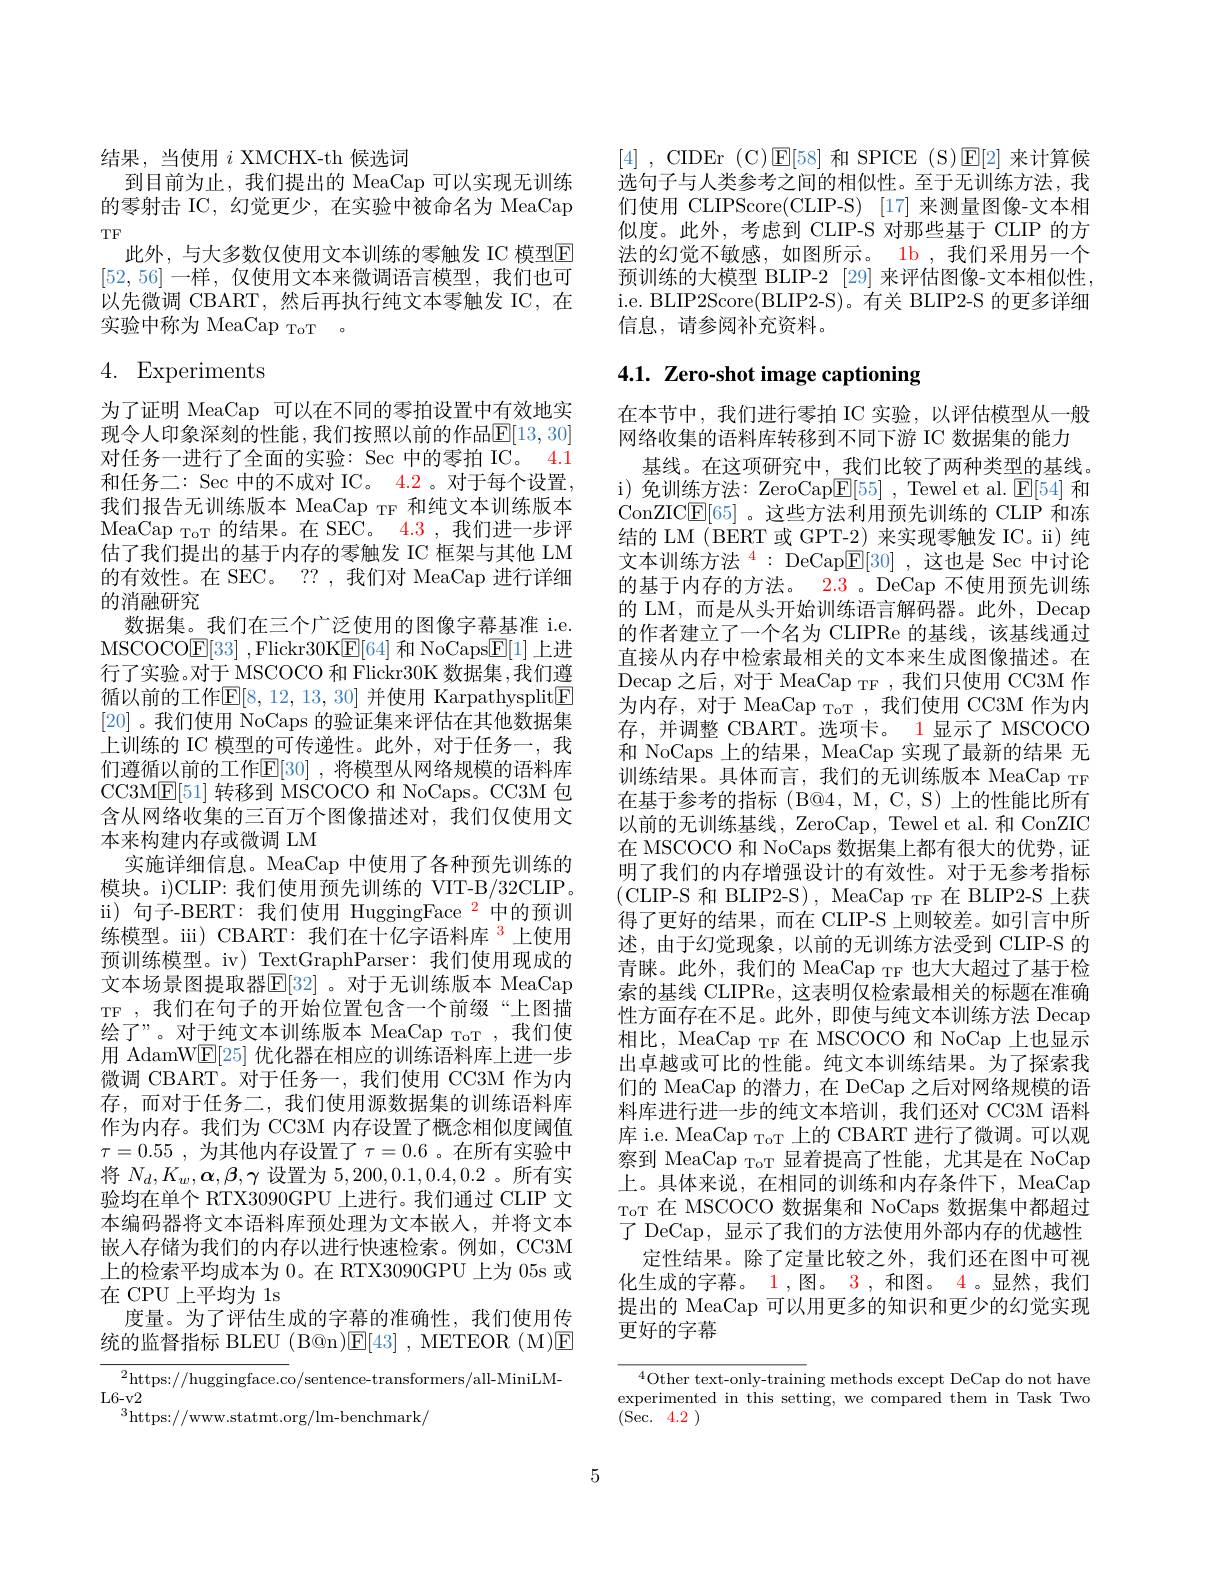
结果，当使用$i$ XMCHX-th 候选词
到目前为止，我们提出的 MeaCap 可以实现无训练的零射击 IC, 幻觉更少，在实验中被命名为 MeaCap TF
此外，与大多数仅使用文本训练的零触发 IC 模型$\overline{\mathrm{E}}$ [52,56]一样 ,仅使用文本来微调语言模型，我们也可以先微调 CBART,然后再执行纯文本零触发 IC,在实验中称为 MeaCap ToT 。

4. Experiments

为了证明 MeaCap 可以在不同的零拍设置中有效地实现令人印象深刻的性能，我们按照以前的作品$\overline{\mathbb{E}}[13,30]$ 对任务一进行了全面的实验：Sec 中的零拍 IC。4.1和任务二：Sec 中的不成对 IC。4.2 。对于每个设置， 我们报告无训练版本 MeaCap TF 和纯文本训练版本$\mathrm{MeaCap~}_{\mathrm{ToT}}$的结果。在 SEC。4.3,我们进一步评估了我们提出的基于内存的零触发 IC 框架与其他 LM 的有效性。在 SEC。?? , 我们对 MeaCap 进行详细的消融研究
数据集。我们在三个广泛使用的图像字幕基准 i.e. MSCOCO$\mathbb{E}[33]$ ,Flickr30K$\mathbb{E}[64]$和 NoCaps$\mathbb{E}[1]$上进行了实验。对于 MSCOCO 和 Flickr30K 数据集，我们遵循以前的工作$\mathbb{E}[8,12,13,30]$ 并使用 Karpathysplit$\boxed{\mathrm{F}}$ [20] 。我们使用$\dot{\text{NoCaps 的验证集来评估在其他数据集}}$ 上训练的 IC 模型的可传递性。此外，对于任务一，我们遵循以前的工作$\mathbb{E}[30]$ ,将模型从网络规模的语料库CC3M$\underline{\mathrm{E}}[51]$转移到 MSCOCO 和 NoCaps。CC3M 包含从网络收集的三百万个图像描述对，我们仅使用文本来构建内存或微调 LM
实施详细信息。MeaCap 中使用了各种预先训练的模块。i)CLIP: 我们使用预先训练的 VIT-B/32CLIP。ii) 句子-BERT:我们使用 HuggingFace $^{2^{\prime}}$中的预训练模型。ii) CBART:我们在十亿字语料库$^{3}$上使用预训练模型。iv) TextGraphParser:我们使用现成的文本场景图提取器$\mathbb{E}[32]$ 。对于无训练版本 MeaCap TF ,我们在句子的开始位置包含一个前缀“上图描绘了”。对于纯文本训练版本 MeaCap ToT ,我们使用 AdamW$\underline{\mathrm{E}}[25]$优化器在相应的训练语料库上进一步微调 CBART。对于任务一，我们使用 CC3M 作为内存，而对于任务二，我们使用源数据集的训练语料库作为内存。我们为 CC3M 内存设置了概念相似度阈值$\tau = 0. 55$ , 为其他内存设置了$\tau=0.6$ 。在所有实验中将$N_d,K_w,\boldsymbol{\alpha},\boldsymbol{\beta},\boldsymbol{\gamma}$设置为5，200,0.1,0.4,0.2。所有实验均在单个 RTX3090GPU 上进行。我们通过 CLIP 文本编码器将文本语料库预处理为文本嵌人，并将文本嵌入存储为我们的内存以进行快速检索。例如，CC3M 上的检索平均成本为 0。在 RTX3090GPU 上为 05s 或在 CPU 上平均为 1s
度量。为了评估生成的字幕的准确性，我们使用传统的监督指标 BLEU (B@n)$\mathsf{E}[43]~,~\mathsf{METEOR~(M)}\mathsf{E}$ ${\overline{{^2}\text{https:}//\text{huggingface.c}}}$o/sentence-transformers/all-MiniLM-

$L6-v2$
$^{3}$https://www.statmt.org/lm-benchmark/

[4] , CIDEr (C)$\mathsf{E}[58]$和 SPICE (S)$\mathsf{E}[2]$来计算候选句子与人类参考之间的相似性。至于无训练方法，我们使用 CLIPScore(CLIP-S) [17] 来测量图像-文本相似度。此外，考虑到 CLIP-S 对那些基于 CLIP 的方法的幻觉不敏感，如图所示。1b ,我们采用另一个预训练的大模型 BLIP-2 [29] 来评估图像-文本相似性， i.e. BLIP2Score(BLIP2-S)。有关 BLIP2-S 的更多详细信息，请参阅补充资料。

# 4.1. Zero-shot image captioning

在本节中，我们进行零拍 IC 实验，以评估模型从一般网络收集的语料库转移到不同下游 IC 数据集的能力
基线。在这项研究中，\_我们比较了两种类型的基线。i)免训练方法：ZeroCap$\boxed{\mathrm{F}}[55]$ , Tewel et al. $\boxed{\mathrm{F}}[54]$和ConZIC$\underline{\mathrm{E}}[65]$ 。这些方法利用预先训练的 CLIP 和冻结的 LM (BERT 或 GPT-2) 来实现零触发 IC。ii) 纯文本训练方法$^{4}:$DeCap$\mathbb{E}[30]$,这也是 Sec 中讨论的基于内存的方法。2.3 。DeCap 不使用预先训练的 LM,而是从头开始训练语言解码器。此外，Decap 的作者建立了一个名为 CLIPRe 的基线，该基线通过直接从内存中检索最相关的文本来生成图像描述。在Decap 之后，对于 MeaCap TF ,我们只使用 CC3M 作为内存，对于 MeaCap ToT ,我们使用 CC3M 作为内存，并调整 CBART。选项卡。1 显示了 MSCOCO 和 NoCaps 上的结果，MeaCap 实现了最新的结果 无训练结果。具体而言，我们的无训练版本 MeaCap TF 在基于参考的指标(B@4,M,C,S)上的性能比所有以前的无训练基线，ZeroCap, Tewel et al. 和 ConZIC 在 MSCOCO 和 NoCaps 数据集上都有很大的优势，证明了我们的内存增强设计的有效性。对于无参考指标(CLIP-S 和 BLIP2-S), MeaCap TF 在 BLIP2-S 上获得了更好的结果，而在 CLIP-S 上则较差。如引言中所述，由于幻觉现象，以前的无训练方法受到 CLIP-S 的青睐。此外，我们的 MeaCap TF 也大大超过了基于检索的基线 CLIPRe, 这表明仅检索最相关的标题在准确性方面存在不足。此外，即使与纯文本训练方法 Decap 相比，MeaCap TF 在 MSCOCO 和 NoCap 上也显示出卓越或可比的性能。纯文本训练结果。为了探索我们的 MeaCap 的潜力，在 DeCap 之后对网络规模的语料库进行进一步的纯文本培训，我们还对 CC3M 语料库 i.e. MeaCap $_\mathrm{ToT}$上的 CBART 进行了微调。可以观察到 MeaCap ToT 显着提高了性能，尤其是在 NoCap 上。具体来说，在相同的训练和内存条件下，MeaCap ToT 在 MSCOCO 数据集和 NoCaps 数据集中都超过了 DeCap, 显示了我们的方法使用外部内存的优越性
定性结果。除了定量比较之外，我们还在图中可视化生成的字幕。$\color{red}1$,图。$\color{red}3$, 和图。$\color{red}4$。显然，我们提出的 MeaCap 可以用更多的知识和更少的幻觉实现更好的字幕

$^{4}$Other text-only-training methods except DeCap do not have experimented in this setting, we compared them in Task Two (Sec. 4.2 )

5